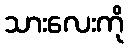
သားလေးကို